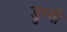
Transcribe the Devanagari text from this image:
डुग्गी